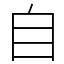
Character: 自